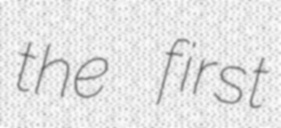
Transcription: the first